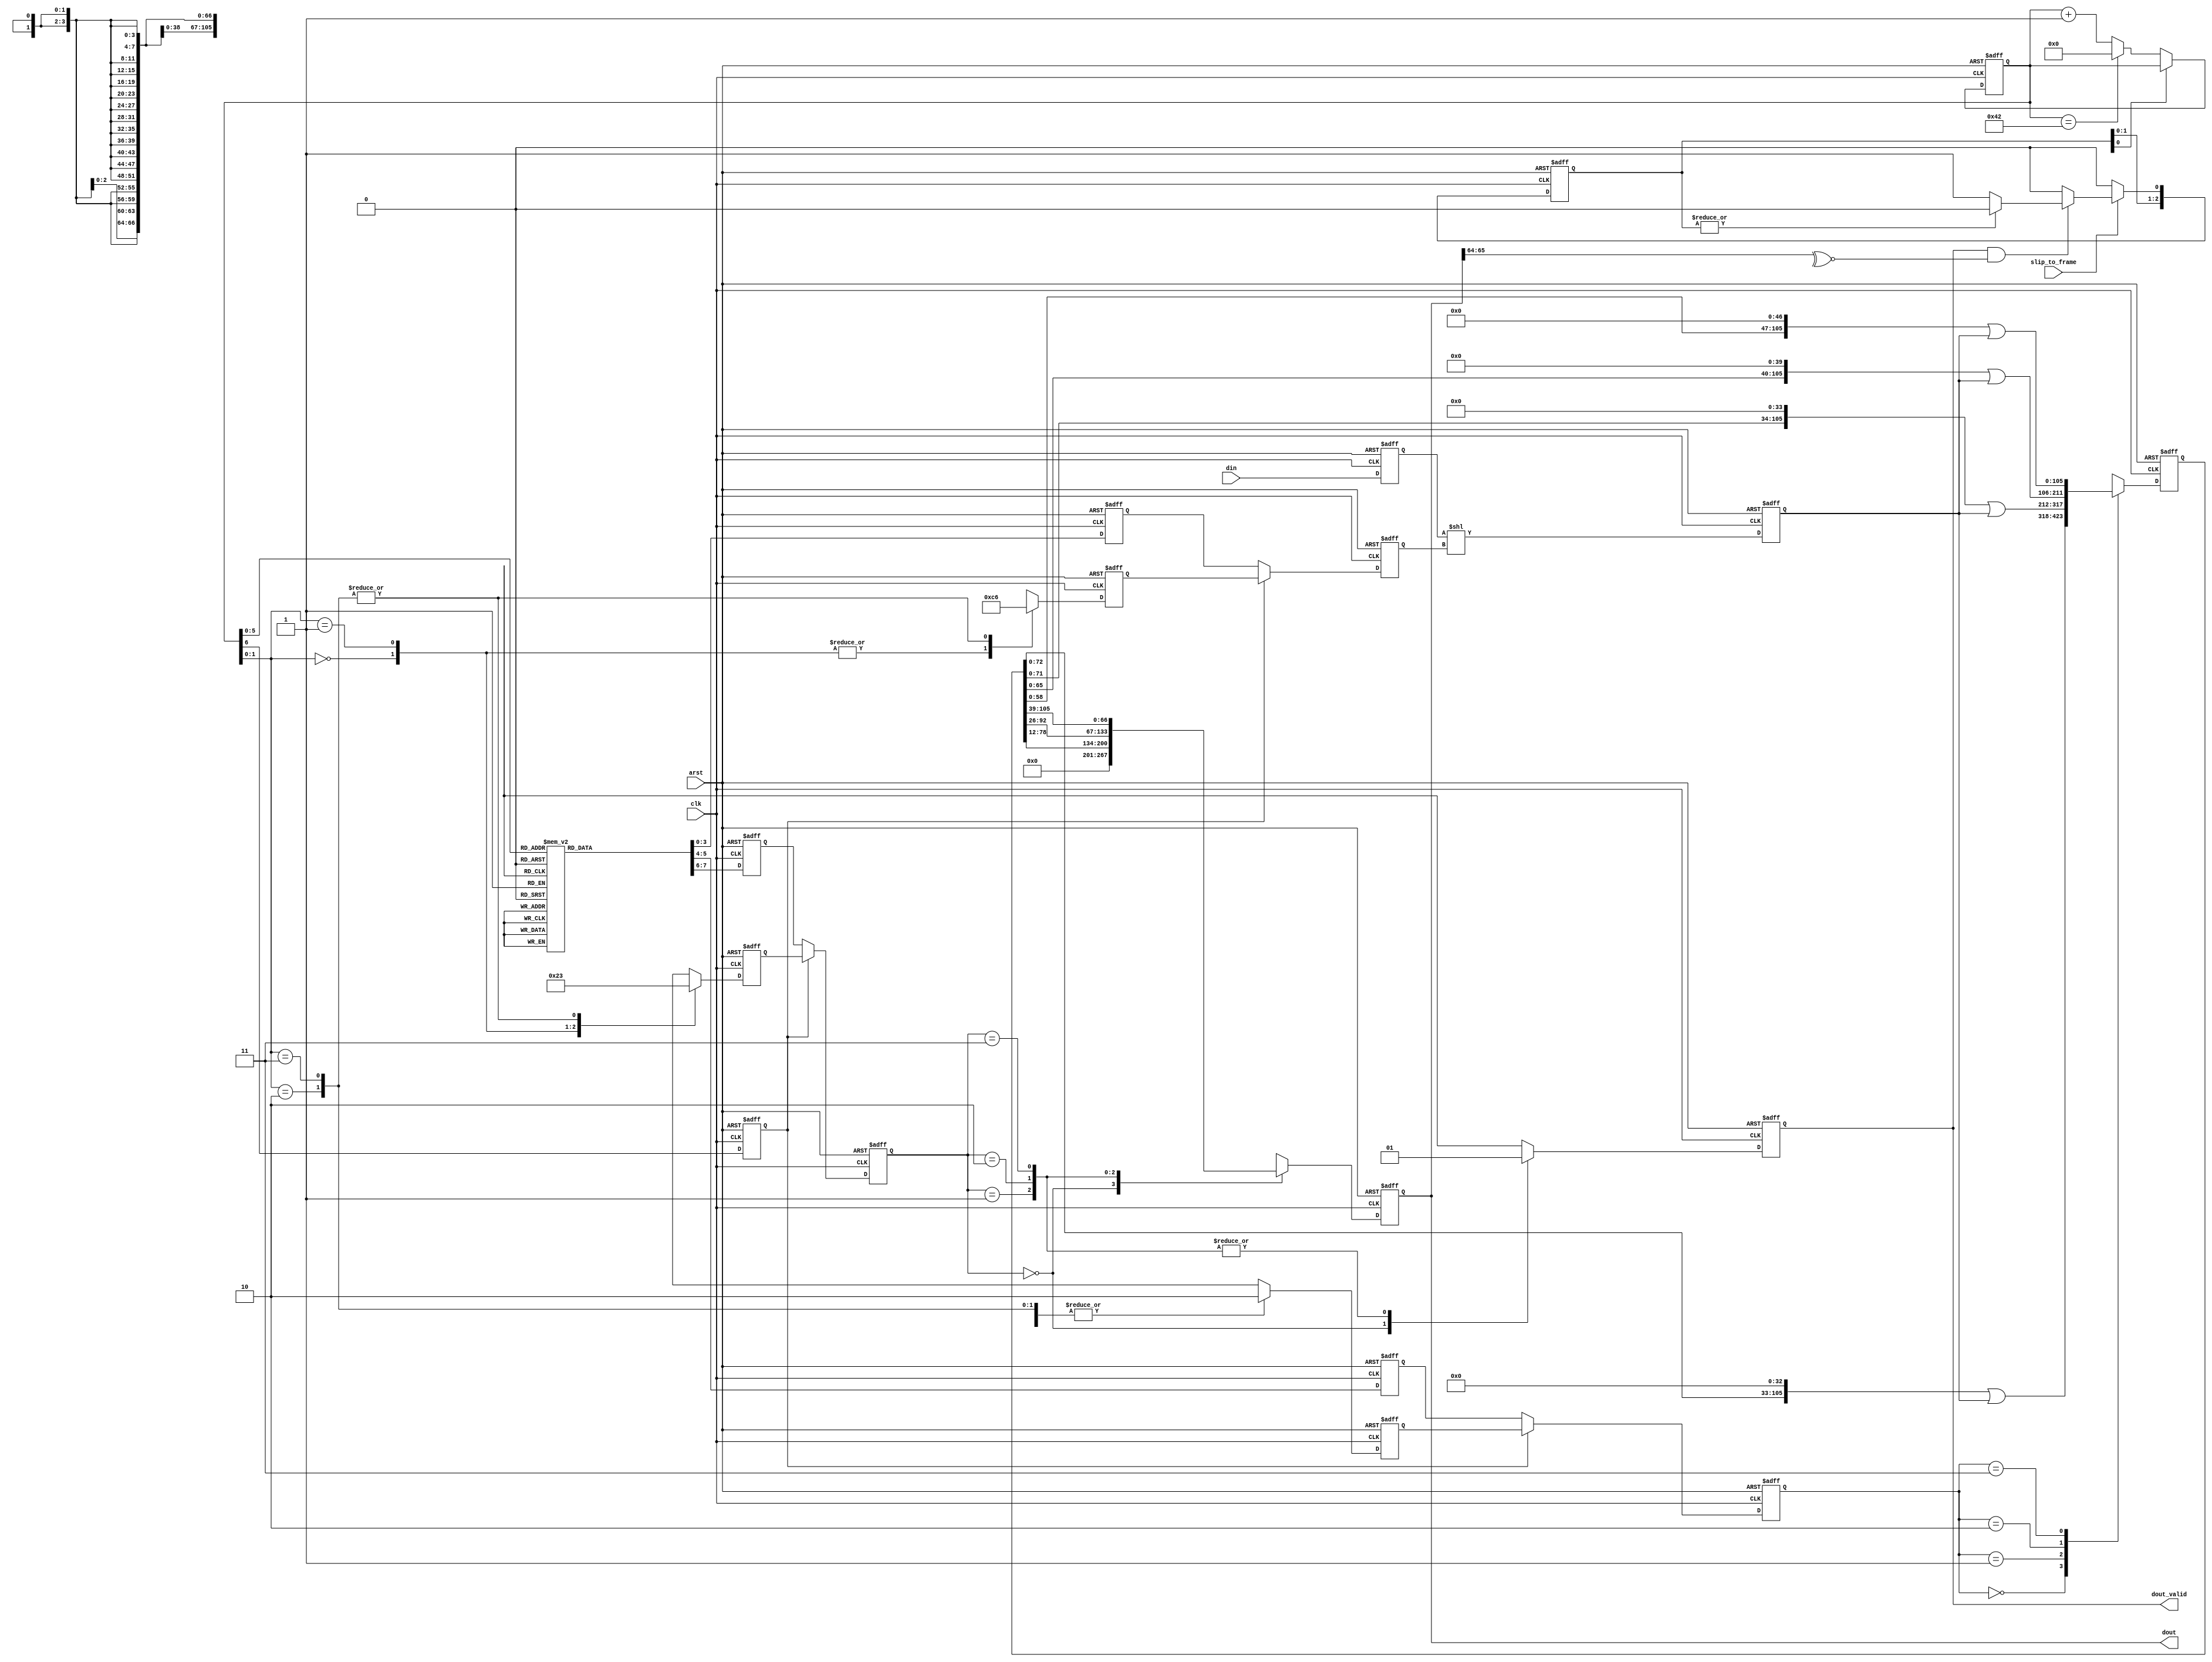
// Copyright 2009 Altera Corporation. All rights reserved.  
// Altera products are protected under numerous U.S. and foreign patents, 
// maskwork rights, copyrights and other intellectual property laws.  
//
// This reference design file, and your use thereof, is subject to and governed
// by the terms and conditions of the applicable Altera Reference Design 
// License Agreement (either as signed by you or found at www.altera.com).  By
// using this reference design file, you indicate your acceptance of such terms
// and conditions between you and Altera Corporation.  In the event that you do
// not agree with such terms and conditions, you may not use the reference 
// design file and please promptly destroy any copies you have made.
//
// This reference design file is being provided on an "as-is" basis and as an 
// accommodation and therefore all warranties, representations or guarantees of 
// any kind (whether express, implied or statutory) including, without 
// limitation, warranties of merchantability, non-infringement, or fitness for
// a particular purpose, are specifically disclaimed.  By making this reference
// design file available, Altera expressly does not recommend, suggest or 
// require that this reference design file be used in combination with any 
// other product not provided by Altera.
/////////////////////////////////////////////////////////////////////////////

// baeckler - 03-28-2008

module gearbox_40_67 (
	input clk,arst,
	input slip_to_frame,
	input [39:0] din,
	output reg [66:0] dout,
	output reg dout_valid
);

// input reg
reg [39:0] din_r;
always @(posedge clk or posedge arst) begin
	if (arst) din_r <= 0;
	else din_r <= din;
end

// decide when to use the slip permission
// when the framing is wrong, and I haven't slipped in a few cycles
reg [2:0] prev_slip;
wire slip_now = prev_slip[0];

always @(posedge clk or posedge arst) begin
	if (arst) begin
		prev_slip <= 0;
	end
	else begin
		prev_slip <= {prev_slip[1:0],1'b0};
		if (slip_to_frame) begin
			if (dout_valid & ~^dout[65:64]) begin
				// the framing is wrong, and I have a slip permit
				if (~|prev_slip) prev_slip[0] <= 1'b1;				
			end
		end
	end
end

// where are we in the schedule?
// to slip just fail to advance the phase once
reg [6:0] phase;
always @(posedge clk or posedge arst) begin
	if (arst) phase <= 0;
	else begin
		if (!slip_now) begin
			if (phase == 66) phase <= 0;
			else phase <= phase + 1'b1;
		end
	end
end

// shift the input word left 0..13 inclusive to enter storage
// at the right place
reg [52:0] positioned_data;
reg [3:0] dshift /* synthesis preserve */;
always @(posedge clk or posedge arst) begin
	if (arst) positioned_data <= 0;
	else positioned_data <= din_r << dshift;
end

// on every tick shift storage left by one of a couple of distance
// choices, and merge in the positioned data
reg [105:0] storage;
reg [1:0] sshift /* synthesis preserve */;
always @(posedge clk or posedge arst) begin
	if (arst) storage <= 0;
	else begin
		case (sshift) 
			2'b00 : storage <= (storage << 33) | positioned_data;
			2'b01 : storage <= (storage << 34) | positioned_data;
			2'b10 : storage <= (storage << 40) | positioned_data;
			2'b11 : storage <= (storage << 47) | positioned_data;
		endcase
	end
end

// extract an output word from one of a couple of choices
reg [1:0] epoint /* synthesis preserve */;
always @(posedge clk or posedge arst) begin
	if (arst) begin
		dout <= 0;
		dout_valid <= 0;
	end
	else begin
		case (epoint) 
			2'b00: begin
				dout_valid <= 1'b0;
				dout <= 0;
			end
			2'b01: begin
				dout_valid <= 1'b1;
				dout <= storage [78:78-66];
			end
			2'b10: begin
				dout_valid <= 1'b1;
				dout <= storage [92:92-66];
			end
			2'b11: begin
				dout_valid <= 1'b1;
				dout <= storage [105:105-66];
			end
		endcase
	end
end

// The schedule - expected to map into one 6LUT per output bit
// if it goes to ROM be sure to suppress
reg [3:0] ds /* synthesis preserve */;
reg [3:0] dsalt;
reg [1:0] ss,ep /* synthesis preserve */;
reg [1:0] ssalt,epalt;
always @(posedge clk or posedge arst) begin
	if (arst) begin
		ds <= 0;
		dsalt <= 0;
		ss <= 0;
		ssalt <= 0;
		ep <= 0;
		epalt <= 0;
	end
	else begin
		case (phase[5:0])
			6'h00 : begin  ds <= 4'hd; ss <= 2'h3;  ep <= 2'h1;  end
			6'h01 : begin  ds <= 4'hd; ss <= 2'h3;  ep <= 2'h0;  end
			6'h02 : begin  ds <= 4'hd; ss <= 2'h2;  ep <= 2'h2;  end
			6'h03 : begin  ds <= 4'h7; ss <= 2'h2;  ep <= 2'h0;  end
			6'h04 : begin  ds <= 4'h0; ss <= 2'h1;  ep <= 2'h3;  end
			6'h05 : begin  ds <= 4'h0; ss <= 2'h0;  ep <= 2'h0;  end
			6'h06 : begin  ds <= 4'h7; ss <= 2'h2;  ep <= 2'h3;  end
			6'h07 : begin  ds <= 4'h1; ss <= 2'h3;  ep <= 2'h1;  end
			6'h08 : begin  ds <= 4'h8; ss <= 2'h1;  ep <= 2'h0;  end
			6'h09 : begin  ds <= 4'h1; ss <= 2'h3;  ep <= 2'h2;  end
			6'h0a : begin  ds <= 4'h1; ss <= 2'h0;  ep <= 2'h0;  end
			6'h0b : begin  ds <= 4'h8; ss <= 2'h2;  ep <= 2'h3;  end
			6'h0c : begin  ds <= 4'h2; ss <= 2'h3;  ep <= 2'h1;  end
			6'h0d : begin  ds <= 4'h9; ss <= 2'h1;  ep <= 2'h0;  end
			6'h0e : begin  ds <= 4'h2; ss <= 2'h3;  ep <= 2'h2;  end
			6'h0f : begin  ds <= 4'h2; ss <= 2'h0;  ep <= 2'h0;  end
			6'h10 : begin  ds <= 4'h9; ss <= 2'h2;  ep <= 2'h3;  end
			6'h11 : begin  ds <= 4'h3; ss <= 2'h3;  ep <= 2'h1;  end
			6'h12 : begin  ds <= 4'ha; ss <= 2'h1;  ep <= 2'h0;  end
			6'h13 : begin  ds <= 4'h3; ss <= 2'h3;  ep <= 2'h2;  end
			6'h14 : begin  ds <= 4'h3; ss <= 2'h0;  ep <= 2'h0;  end
			6'h15 : begin  ds <= 4'ha; ss <= 2'h2;  ep <= 2'h3;  end
			6'h16 : begin  ds <= 4'h4; ss <= 2'h3;  ep <= 2'h1;  end
			6'h17 : begin  ds <= 4'hb; ss <= 2'h1;  ep <= 2'h0;  end
			6'h18 : begin  ds <= 4'h4; ss <= 2'h3;  ep <= 2'h2;  end
			6'h19 : begin  ds <= 4'h4; ss <= 2'h0;  ep <= 2'h0;  end
			6'h1a : begin  ds <= 4'hb; ss <= 2'h2;  ep <= 2'h3;  end
			6'h1b : begin  ds <= 4'h5; ss <= 2'h3;  ep <= 2'h1;  end
			6'h1c : begin  ds <= 4'hc; ss <= 2'h1;  ep <= 2'h0;  end
			6'h1d : begin  ds <= 4'h5; ss <= 2'h3;  ep <= 2'h2;  end
			6'h1e : begin  ds <= 4'h5; ss <= 2'h0;  ep <= 2'h0;  end
			6'h1f : begin  ds <= 4'hc; ss <= 2'h2;  ep <= 2'h3;  end
			6'h20 : begin  ds <= 4'h6; ss <= 2'h3;  ep <= 2'h1;  end
			6'h21 : begin  ds <= 4'hd; ss <= 2'h1;  ep <= 2'h0;  end
			6'h22 : begin  ds <= 4'h6; ss <= 2'h3;  ep <= 2'h2;  end
			6'h23 : begin  ds <= 4'h6; ss <= 2'h0;  ep <= 2'h0;  end
			6'h24 : begin  ds <= 4'hd; ss <= 2'h2;  ep <= 2'h3;  end
			6'h25 : begin  ds <= 4'h7; ss <= 2'h3;  ep <= 2'h1;  end
			6'h26 : begin  ds <= 4'h7; ss <= 2'h1;  ep <= 2'h0;  end
			6'h27 : begin  ds <= 4'h7; ss <= 2'h2;  ep <= 2'h2;  end
			6'h28 : begin  ds <= 4'h7; ss <= 2'h2;  ep <= 2'h0;  end
			6'h29 : begin  ds <= 4'h1; ss <= 2'h2;  ep <= 2'h3;  end
			6'h2a : begin  ds <= 4'h8; ss <= 2'h1;  ep <= 2'h1;  end
			6'h2b : begin  ds <= 4'h8; ss <= 2'h3;  ep <= 2'h0;  end
			6'h2c : begin  ds <= 4'h8; ss <= 2'h2;  ep <= 2'h2;  end
			6'h2d : begin  ds <= 4'h8; ss <= 2'h2;  ep <= 2'h0;  end
			6'h2e : begin  ds <= 4'h2; ss <= 2'h2;  ep <= 2'h3;  end
			6'h2f : begin  ds <= 4'h9; ss <= 2'h1;  ep <= 2'h1;  end
			6'h30 : begin  ds <= 4'h9; ss <= 2'h3;  ep <= 2'h0;  end
			6'h31 : begin  ds <= 4'h9; ss <= 2'h2;  ep <= 2'h2;  end
			6'h32 : begin  ds <= 4'h9; ss <= 2'h2;  ep <= 2'h0;  end
			6'h33 : begin  ds <= 4'h3; ss <= 2'h2;  ep <= 2'h3;  end
			6'h34 : begin  ds <= 4'ha; ss <= 2'h1;  ep <= 2'h1;  end
			6'h35 : begin  ds <= 4'ha; ss <= 2'h3;  ep <= 2'h0;  end
			6'h36 : begin  ds <= 4'ha; ss <= 2'h2;  ep <= 2'h2;  end
			6'h37 : begin  ds <= 4'ha; ss <= 2'h2;  ep <= 2'h0;  end
			6'h38 : begin  ds <= 4'h4; ss <= 2'h2;  ep <= 2'h3;  end
			6'h39 : begin  ds <= 4'hb; ss <= 2'h1;  ep <= 2'h1;  end
			6'h3a : begin  ds <= 4'hb; ss <= 2'h3;  ep <= 2'h0;  end
			6'h3b : begin  ds <= 4'hb; ss <= 2'h2;  ep <= 2'h2;  end
			6'h3c : begin  ds <= 4'hb; ss <= 2'h2;  ep <= 2'h0;  end
			6'h3d : begin  ds <= 4'h5; ss <= 2'h2;  ep <= 2'h3;  end
			6'h3e : begin  ds <= 4'hc; ss <= 2'h1;  ep <= 2'h1;  end
			6'h3f : begin  ds <= 4'hc; ss <= 2'h3;  ep <= 2'h0;  end
		endcase
		
		case (phase[1:0])
			2'h0 : begin  dsalt <= 4'hc; ssalt <= 2'h2;  epalt <= 2'h2;  end
			2'h1 : begin  dsalt <= 4'hc; ssalt <= 2'h2;  epalt <= 2'h0;  end
			2'h2 : begin  dsalt <= 4'h6; ssalt <= 2'h2;  epalt <= 2'h3;  end
			
			// this one is actually don't care
			// selected to minimize
			2'h3 : begin  dsalt <= 4'h6; ssalt <= 2'h2;  epalt <= 2'h3;  end			
		endcase
	end
end		

// phase 64,5,6 use the alternate schedule
reg use_alt;
always @(posedge clk or posedge arst) begin
	if (arst) begin
		sshift <= 0;
		dshift <= 0;
		epoint <= 0;
		use_alt <= 0;
	end
	else begin
		sshift <= use_alt ? ssalt : ss;
		dshift <= use_alt ? dsalt : ds;
		epoint <= use_alt ? epalt : ep;
		use_alt <= phase[6];		
	end
end

endmodule